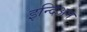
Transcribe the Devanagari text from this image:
इन्दिअन